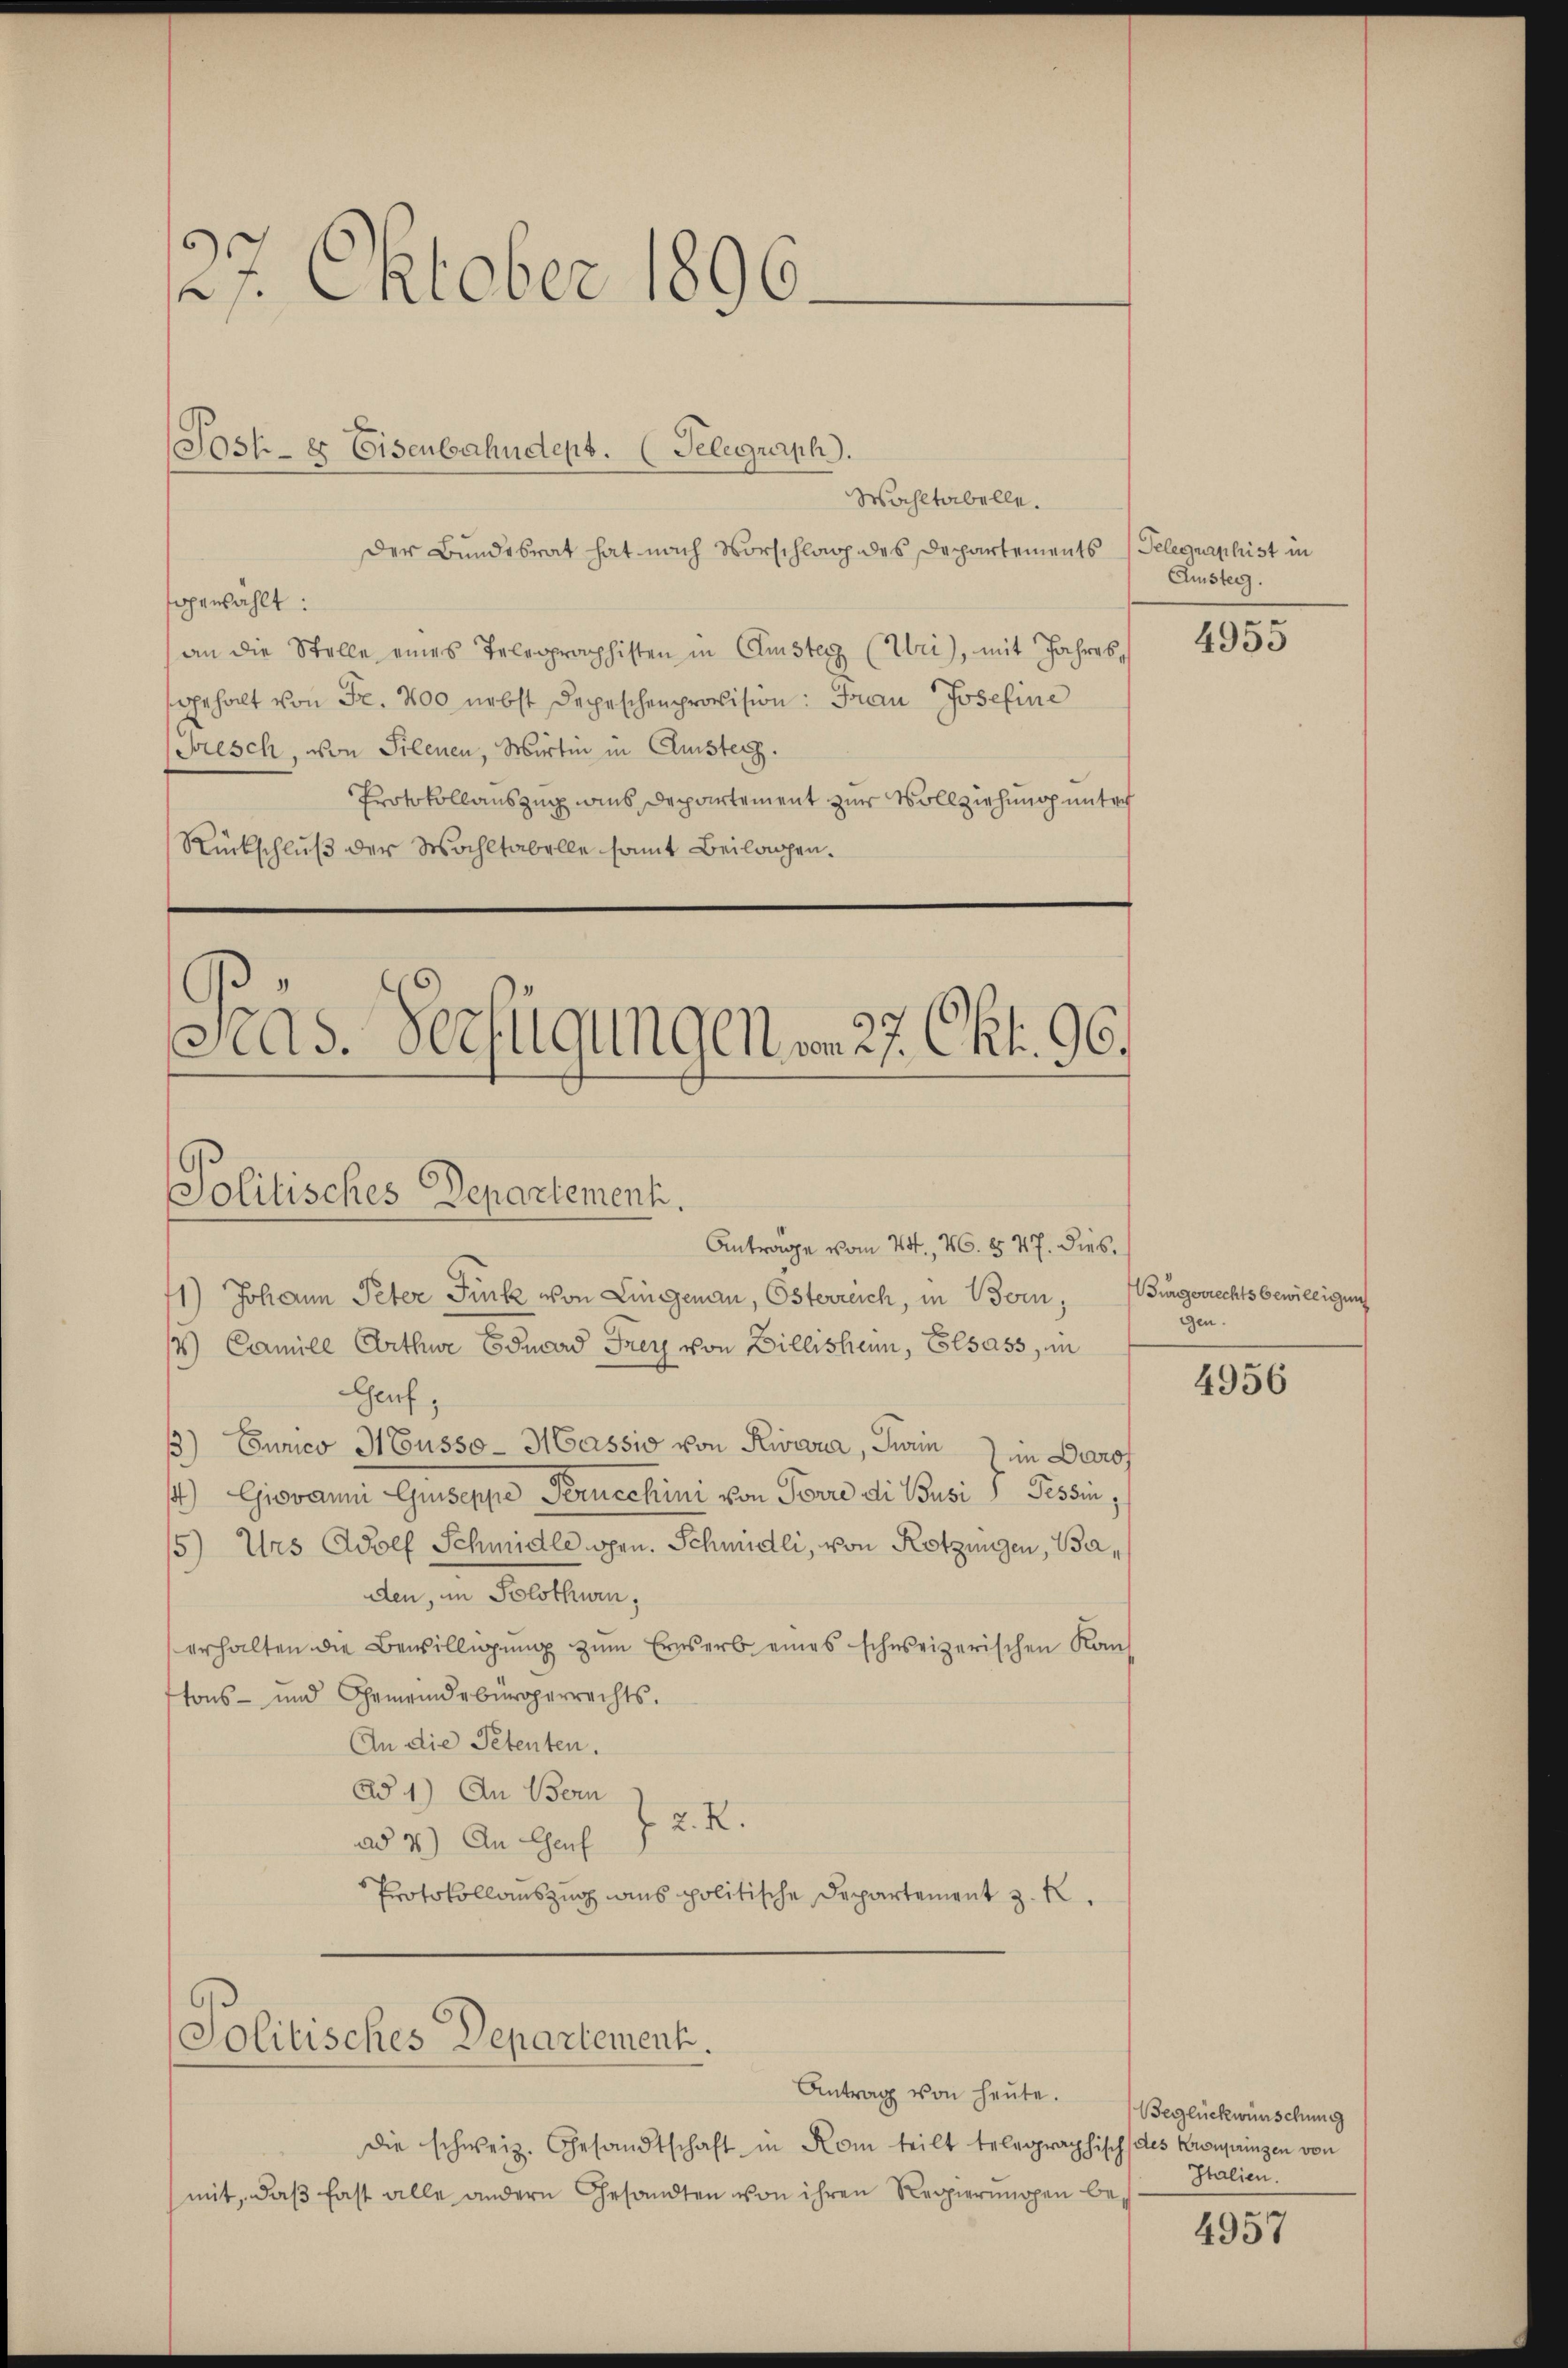
27. Oktober 1896.

Wahltabelle.
der Bundesrat hat nach Vorschlag des Departements Pelegraphist in
gewählt:
an die Stelle eines Telegraphisten in Amster (Uri), mit Jahres,
sgehalt von Fr. 400 nebst Depeschenprovision: Frau Josefine
(Gesch, von Silenen, Wirtin in Clusterz.
Protokollauszug ins Departement zur Vollziehung unter
Rückschluß der Wahltabelle samt Beilagen.
Stas. Verfügungen vom 27. Okt. 96.

Jost- & Eisenbahndept. (Telegraph.

Antrage vom 24. 46. 547. dies¬
41) Johann Peter Funk von Lingenau, Österreich, in Bern,
1) Camile Arthur Eduard Frey von Billischein, Elsass, in
Genf,
ß) Curico Husso- Massio von Kiena, Turin in Darof
) Giovani Guseppe Peruechini von Forre di Busi Tessin,
5) Uns Adolf Schmidle spen. Schmidli, von Rotzingen, Baden, in Solothurn,
erhalten die Bewilligung zum Erwerb eines schweizerischen Kauf
tons- und Gemeindebürgerrechts.
An die Petenten.
Ad 1) An Bern
2. R.
ad 3.) An Chauf
Protokollauszug aus politische Departement z. R.
Politisches Departement.

Politisches Departement.

Antrag von heute. Beglückwünschung

die schweiz. Gesandtschaft in Rom teilt telegraphisch des Kronpringen von
mit, daß fast alle andern Gesandten von ihren Regierungen be¬

Amster.

4955

Burgerrechts bewilligung
gen.

4956

Italien.

4957